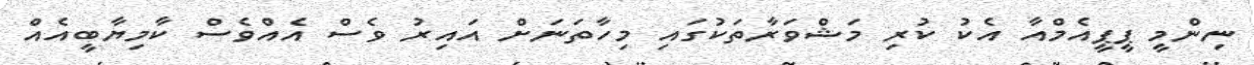
ނިންމީ ޕީޕީއެމްއާ އެކު ކުރި މަޝްވަރާތަކުގައި މިހާތަނަށް އައިރު ވެސް އެއްވެސް ކާމިޔާބީއެއް